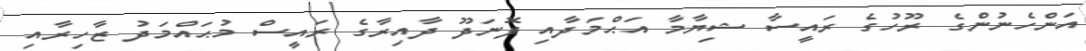
އަންހެނުންގެ ރޫހުގެ ރައީސާ ޝިޔާމާ އަޙްމަދާއި ފޮނަދޫ ދާއިރާގެ ރައީސް މުޙައްމަދު ޒާހިރާއި